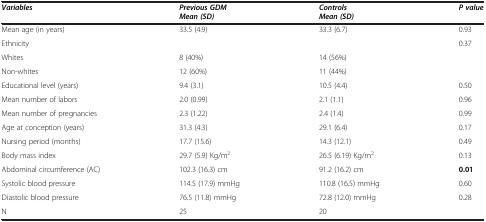
<table><thead><tr><td><b><i>Variables</i></b></td><td><b><i>Previous GDM Mean (SD)</i></b></td><td><b><i>Controls Mean (SD)</i></b></td><td><b><i>P value</i></b></td></tr></thead><tbody><tr><td>Mean age (in years)</td><td>33.5 (4.9)</td><td>33.3 (6.7)</td><td>0.93</td></tr><tr><td>Ethnicity</td><td> </td><td> </td><td>0.37</td></tr><tr><td>Whites</td><td>8 (40%)</td><td>14 (56%)</td><td rowspan="2"> </td></tr><tr><td>Non-whites</td><td>12 (60%)</td><td>11 (44%)</td></tr><tr><td>Educational level (years)</td><td>9.4 (3.1)</td><td>10.5 (4.4)</td><td>0.50</td></tr><tr><td>Mean number of labors</td><td>2.0 (0.99)</td><td>2.1 (1.1)</td><td>0.96</td></tr><tr><td>Mean number of pregnancies</td><td>2.3 (1.22)</td><td>2.4 (1.4)</td><td>0.99</td></tr><tr><td>Age at conception (years)</td><td>31.3 (4.3)</td><td>29.1 (6.4)</td><td>0.17</td></tr><tr><td>Nursing period (months)</td><td>17.7 (15.6)</td><td>14.3 (12.1)</td><td>0.49</td></tr><tr><td>Body mass index</td><td>29.7 (5.9) Kg/m<sup>2</sup></td><td>26.5 (6.19) Kg/m<sup>2</sup></td><td>0.13</td></tr><tr><td>Abdominal circumference (AC)</td><td>102.3 (16.3) cm</td><td>91.2 (16.2) cm</td><td><b>0.01</b></td></tr><tr><td>Systolic blood pressure</td><td>114.5 (17.9) mmHg</td><td>110.8 (16.5) mmHg</td><td>0.60</td></tr><tr><td>Diastolic blood pressure</td><td>76.5 (11.8) mmHg</td><td>72.8 (12.0) mmHg</td><td>0.28</td></tr><tr><td>N</td><td>25</td><td>20</td><td> </td></tr></tbody></table>